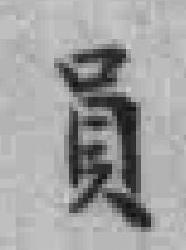
員